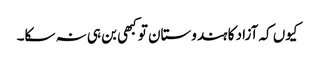
کیوں کہ آزاد کا ہندوستان تو کبھی بن ہی نہ سکا۔